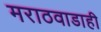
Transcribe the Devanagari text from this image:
मराठवाडाही